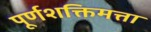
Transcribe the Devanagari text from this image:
पूर्णशक्तिमत्ता